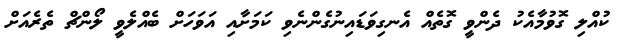
ކުއްލި ގޮވުމާއެކު ދެންވީ ގޮތެއް އެނގިވަޑައިނުގެންނެވި ކަމަށާއި އަވަހަށް ބެއްލެވީ ލޯންޗް ތެރެއަށް